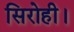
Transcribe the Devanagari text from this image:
सिरोही।